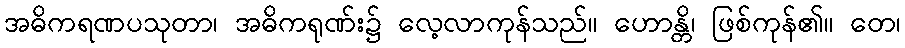
အဓိကရဏပသုတာ၊ အဓိကရုဏ်း၌ လေ့လာကုန်သည်။ ဟောန္တိ၊ ဖြစ်ကုန်၏။ တေ၊